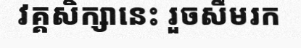
វគ្គសិក្សានេះ រួចសឹមរក